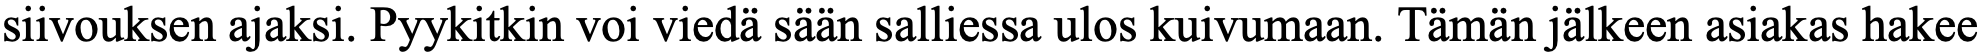
siivouksen ajaksi. Pyykitkin voi viedä sään salliessa ulos kuivumaan. Tämän jälkeen asiakas hakee